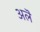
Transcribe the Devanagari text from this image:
अलॆ